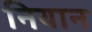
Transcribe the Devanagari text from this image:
नियान